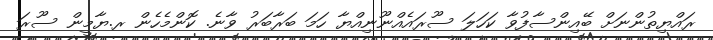
ރައްޔިތުންނަށް ބޭއިންސާފުވާ ކަހަލަ ސޫރައެއްނޫނިއްޔާ ހަމަ ބަރާބަރު ވާނެ. ކޮންމެހެން ރ.ޔާމީން ސޫރަ